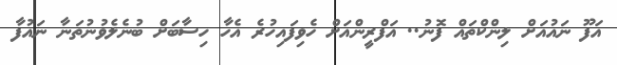
އަފޫ ނައުއަށް ލިންކްތައް ފޮނު.. އަފްރީންއަށް ހެވިފައިހުރެ އެހާ ހިސާބަށް ބުނެލެވުނުތަނާ ނައުފާ